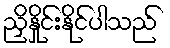
ညှိနှိုင်းနိုင်ပါသည်